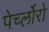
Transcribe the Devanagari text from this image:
पेर्च्लोरो